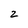
Character: 2